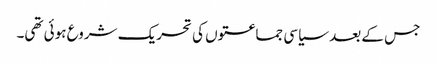
جس کے بعد سیاسی جماعتوں کی تحریک شروع ہوئی تھی۔